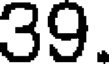
39.